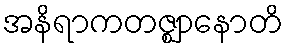
အနိရာကတဇ္ဈာနောတိ